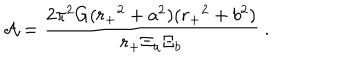
{ \cal A } = { \frac { 2 \pi ^ { 2 } G ( { r _ { + } } ^ { 2 } + a ^ { 2 } ) ( { r _ { + } } ^ { 2 } + b ^ { 2 } ) } { { r _ { + } } \Xi _ { a } \Xi _ { b } } } \ .